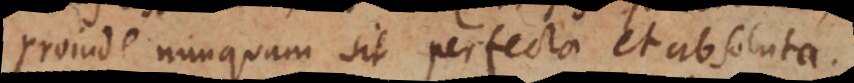
proinde nunquam sit perfecta et absoluta.